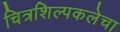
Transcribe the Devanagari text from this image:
चित्रशिल्पकलेचा